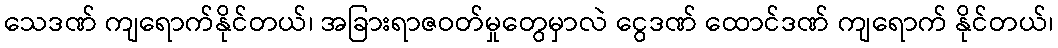
သေဒဏ် ကျရောက်နိုင်တယ်၊ အခြားရာဇဝတ်မှုတွေမှာလဲ ငွေဒဏ် ထောင်ဒဏ် ကျရောက် နိုင်တယ်၊